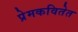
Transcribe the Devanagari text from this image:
प्रेमकवितेत